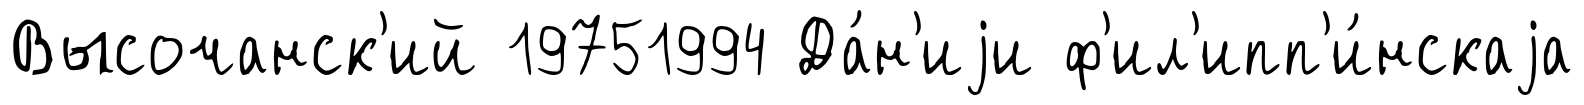
Высочанск'ий 19751994 Да́н'иjи ф'ил'ипп'и́нскаjа